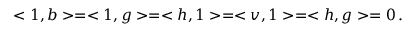
< 1 , b > = < 1 , g > = < h , 1 > = < v , 1 > = < h , g > = 0 \, .